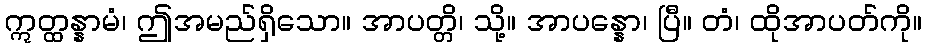
ဣတ္ထန္နာမံ၊ ဤအမည်ရှိသော။ အာပတ္တိ၊ သို့။ အာပန္နော၊ ပြီ။ တံ၊ ထိုအာပတ်ကို။